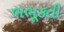
ભભૂકતી